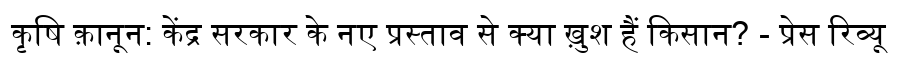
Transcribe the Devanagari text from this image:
कृषि क़ानून: केंद्र सरकार के नए प्रस्ताव से क्या ख़ुश हैं किसान? - प्रेस रिव्यू